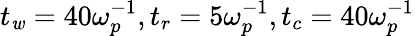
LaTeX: t_{\mathit{w}}=40\omega_{p}^{-1},t_{r}=5\omega_{p}^{-1},t_{c}=40\omega_{p}^{-1}